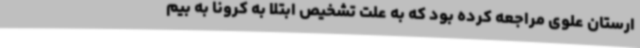
ارستان علوی مراجعه کرده بود که به علت تشخیص ابتلا به کرونا به بیم